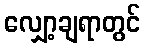
လျှော့ချရာတွင်